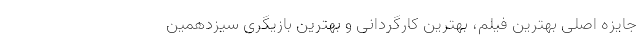
جایزه اصلی بهترین فیلم، بهترین کارگردانی و بهترین بازیگری سیزدهمین